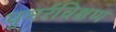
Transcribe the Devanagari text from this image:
पुनर्रविक्षण